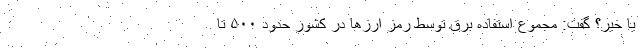
یا خیر؟ گفت: مجموع استفاده برق توسط رمز ارز‌ها در کشور حدود ۵۰۰ تا